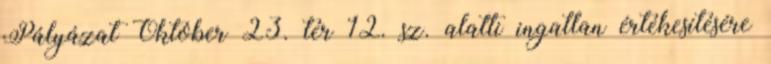
Pályázat Október 23. tér 12. sz. alatti ingatlan értékesítésére